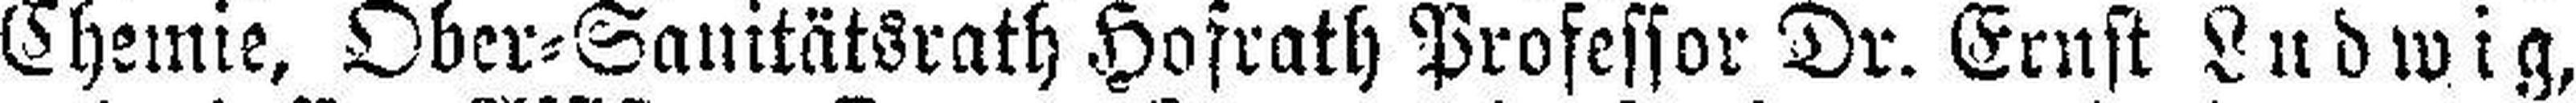
Chemie, Ober=Sanitätsrath Hofrath Professor Dr. Ernst Ludwig,